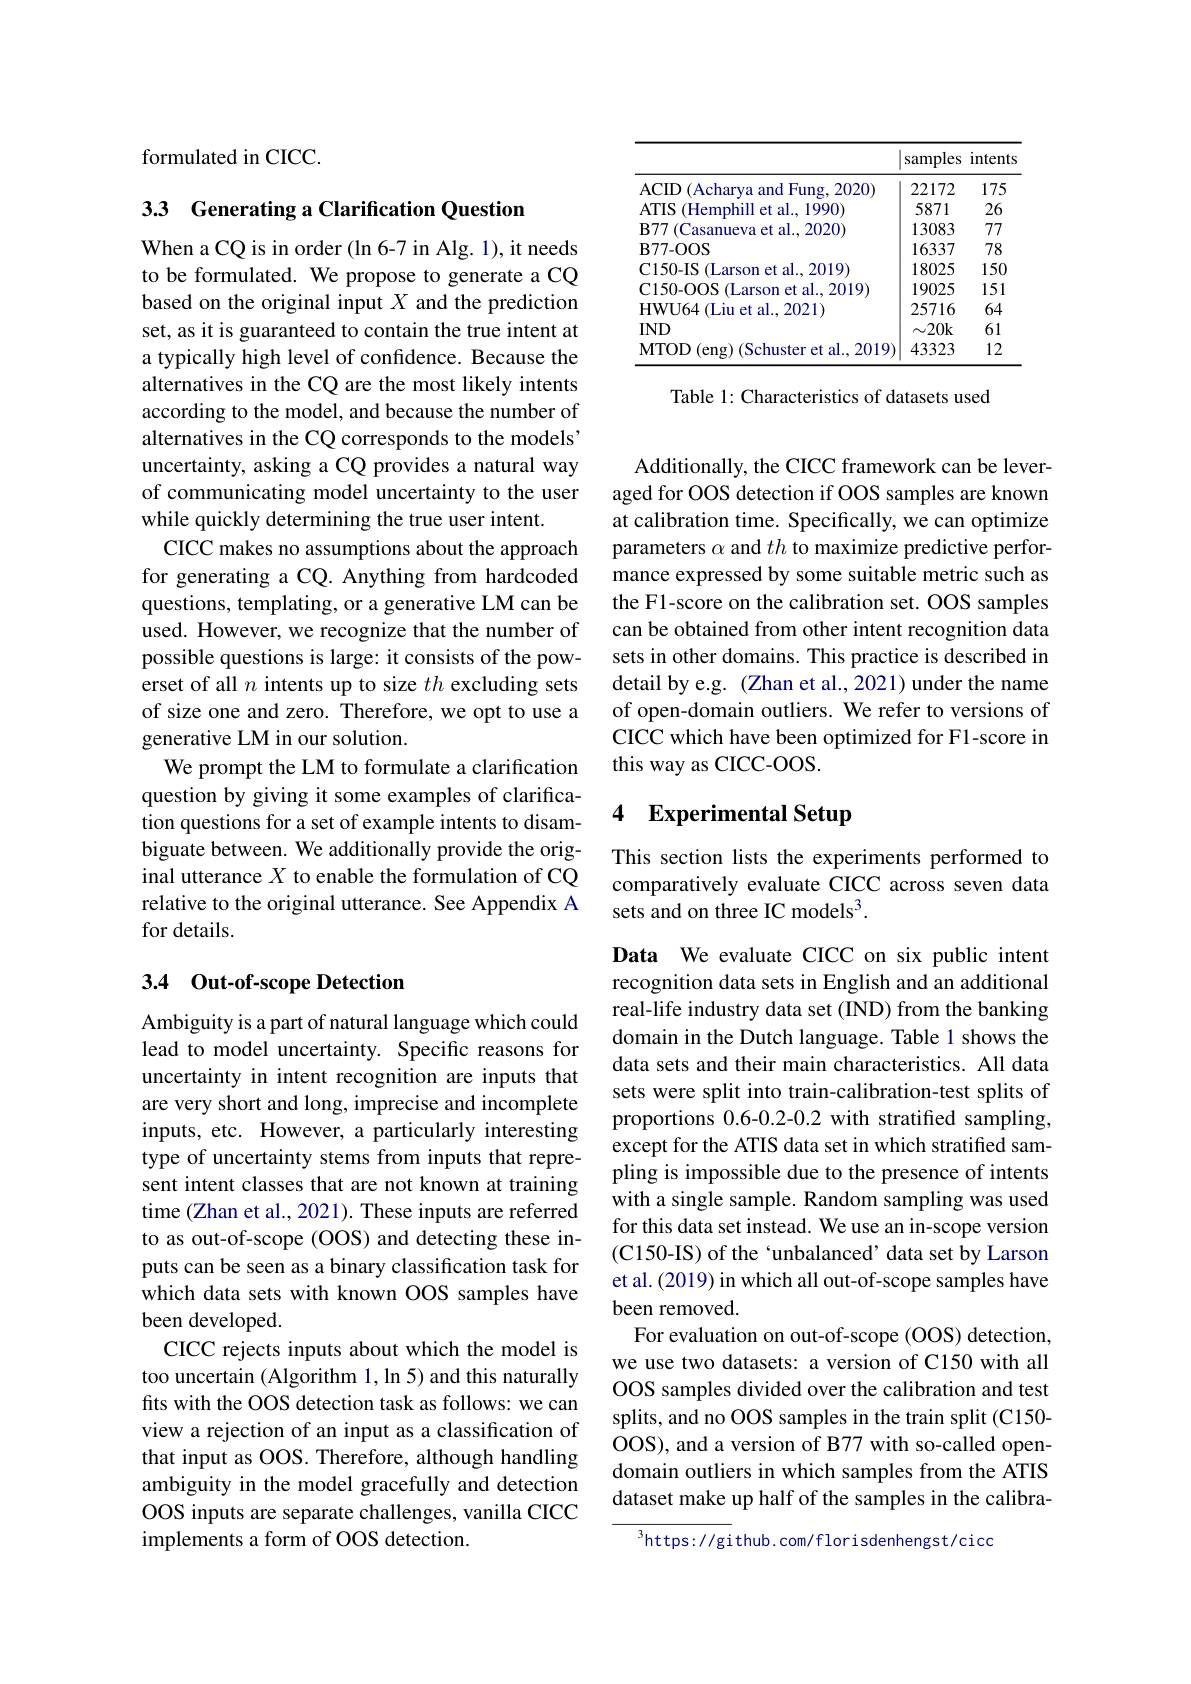
formulated in CICC.

3.3 Generating a Clarification Question

When a CQ is in order (ln 6-7 in Alg. 1), it needs to be formulated. We propose to generate a CQ based on the original input $X$ and the prediction set, as it is guaranteed to contain the true intent at a typically high level of confdence. Because the alternatives in the CQ are the most likely intents according to the model, and because the number of alternatives in the CQ corresponds to the models' uncertainty, asking a CQ provides a natural way of communicating model uncertainty to the user while quickly determining the true user intent.
CICC makes no assumptions about the approach for generating a CQ. Anything from hardcoded questions, templating, or a generative LM can be used. However, we recognize that the number of possible questions is large: it consists of the powerset of all $n$ intents up to size $th$ excluding sets of size one and zero. Therefore, we opt to use a generative LM in our solution.
We prompt the LM to formulate a clarification question by giving it some examples of clarification questions for a set of example intents to disambiguate between. We additionally provide the original utterance $X$ to enable the formulation of CQ relative to the original utterance. See Appendix A for details.

## 3.4 Out-of-scope Detection

Ambiguity is a part of natural language which could lead to model uncertainty. Specific reasons for uncertainty in intent recognition are inputs that are very short and long, imprecise and incomplete inputs, etc. However, a particularly interesting type of uncertainty stems from inputs that represent intent classes that are not known at training time (Zhan et al., 2021). These inputs are referred to as out-of-scope (OOS) and detecting these inputs can be seen as a binary classification task for which data sets with known OOS samples have been developed.
CICC rejects inputs about which the model is too uncertain (Algorithm 1, ln 5) and this naturally fits with the OOS detection task as follows: we can view a rejection of an input as a classification of that input as OOS. Therefore, although handling ambiguity in the model gracefully and detection OOS inputs are separate challenges, vanilla CICC implements a form of OOS detection.

<table>
	<tbody>
		<tr>
			<th> </th>
			<th>samples</th>
			<th>intents</th>
		</tr>
		<tr>
			<td>ACID (Acharva and Fung, 2020) $r$</td>
			<td>22172</td>
			<td>175</td>
		</tr>
		<tr>
			<td>$ATIS$ (Hemphill et al. 1990</td>
			<td>5871</td>
			<td>26</td>
		</tr>
		<tr>
			<td>$B77$ 1 (Casanueva et al., 2020)</td>
			<td>13083</td>
			<td>77</td>
		</tr>
		<tr>
			<td>$\mathbf{B77-OOS}$</td>
			<td>16337</td>
			<td>78</td>
		</tr>
		<tr>
			<td>C150-IS (Larson et al. 2019</td>
			<td>18025</td>
			<td>150</td>
		</tr>
		<tr>
			<td>$\mathbf{C150-OOS}$ ${\mathrm{S}}({\mathrm{Larson~et~al.,~2019}})$</td>
			<td>19025</td>
			<td>151</td>
		</tr>
		<tr>
			<td>HWU64(Liu et al., 2021)</td>
			<td>25716</td>
			<td>64</td>
		</tr>
		<tr>
			<td>$IND$</td>
			<td>$\sim20$k</td>
			<td>61</td>
		</tr>
		<tr>
			<td>$$($Schuster et al..2019)$ MTOD( eng) 11</td>
			<td>43323</td>
			<td>12</td>
		</tr>
	</tbody>
</table>

Table 1: Characteristics of datasets used

Additionally, the CICC framework can be leveraged for OOS detection if OOS samples are known at calibration time. Specifically, we can optimize parameters $\alpha$ and $th$ to maximize predictive performance expressed by some suitable metric such as the F1-score on the calibration set. OOS samples can be obtained from other intent recognition data sets in other domains. This practice is described in detail by e.g. (Zhan et al., 2021) under the name of open-domain outliers. We refer to versions of CICC which have been optimized for F1-score in this way as CICC-OOS.

# 4 Experimental Setup

This section lists the experiments performed to comparatively evaluate CICC across seven data sets and on three IC models$^3.$

Data We evaluate CICC on six public intent recognition data sets in English and an additional real-life industry data set (IND) from the banking domain in the Dutch language. Table 1 shows the data sets and their main characteristics. All data sets were split into train-calibration-test splits of proportions 0.6-0.2-0.2 with stratified sampling, except for the ATIS data set in which stratified sampling is impossible due to the presence of intents with a single sample. Random sampling was used for this data set instead. We use an in-scope version (C150-IS) of the `unbalanced' data set by Larson et al. (2019) in which all out-of-scope samples have been removed.
For evaluation on out-of-scope (OOS) detection, we use two datasets: a version of C150 with all OOS samples divided over the calibration and test splits, and no OOS samples in the train split (C150- OOS), and a version of B77 with so-called opendomain outliers in which samples from the ATIS dataset make up half of the samples in the calibra-

$^3$https://github.com/florisdenhengst/cicd